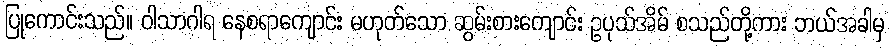
ပြုကောင်းသည်။ ဝါသာဂါရ နေစရာကျောင်း မဟုတ်သော ဆွမ်းစားကျောင်း ဥပုသ်အိမ် စသည်တို့ကား ဘယ်အခါမှ